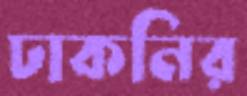
ঢাকনির